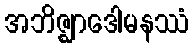
အဘိဇ္ဈာဒေါမနဿံ